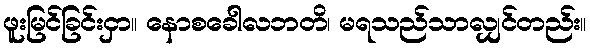
ဖူးမြင်ခြင်းငှာ။ နောစခေါလဘတိ၊ မရသည်သာလျှင်တည်း။